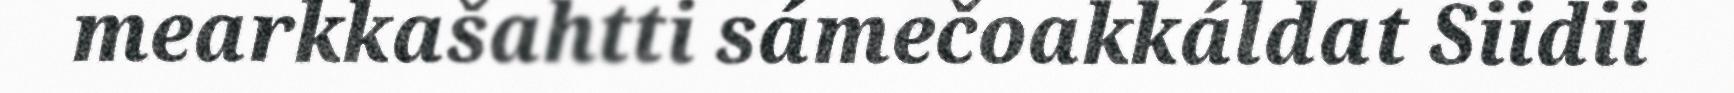
mearkkašahtti sámečoakkáldat Siidii